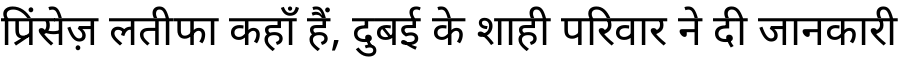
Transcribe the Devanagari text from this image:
प्रिंसेज़ लतीफा कहाँ हैं, दुबई के शाही परिवार ने दी जानकारी